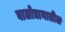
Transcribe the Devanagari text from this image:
बालोद्यानातील